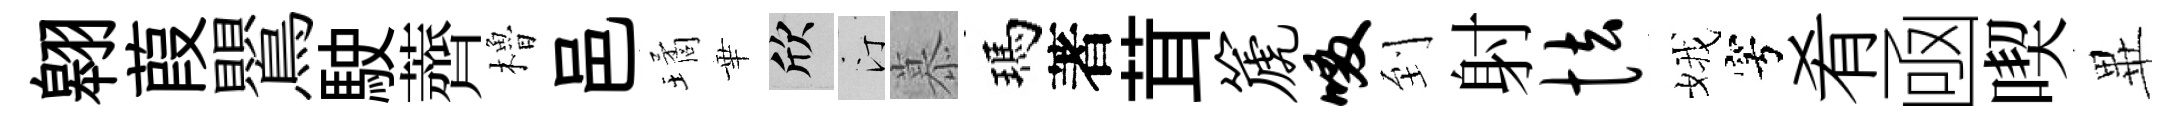
翱葭鸎駛薺櫓邑璚華欣汀慕瑪著茸篪啜到射怯娥穹肴凾喫𭺾